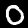
Digit: 0